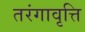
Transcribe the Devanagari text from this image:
तरंगावृत्ति